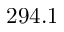
2 9 4 . 1